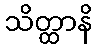
သိတ္ထာနိ